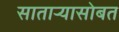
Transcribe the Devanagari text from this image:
सातार्‍यासोबत